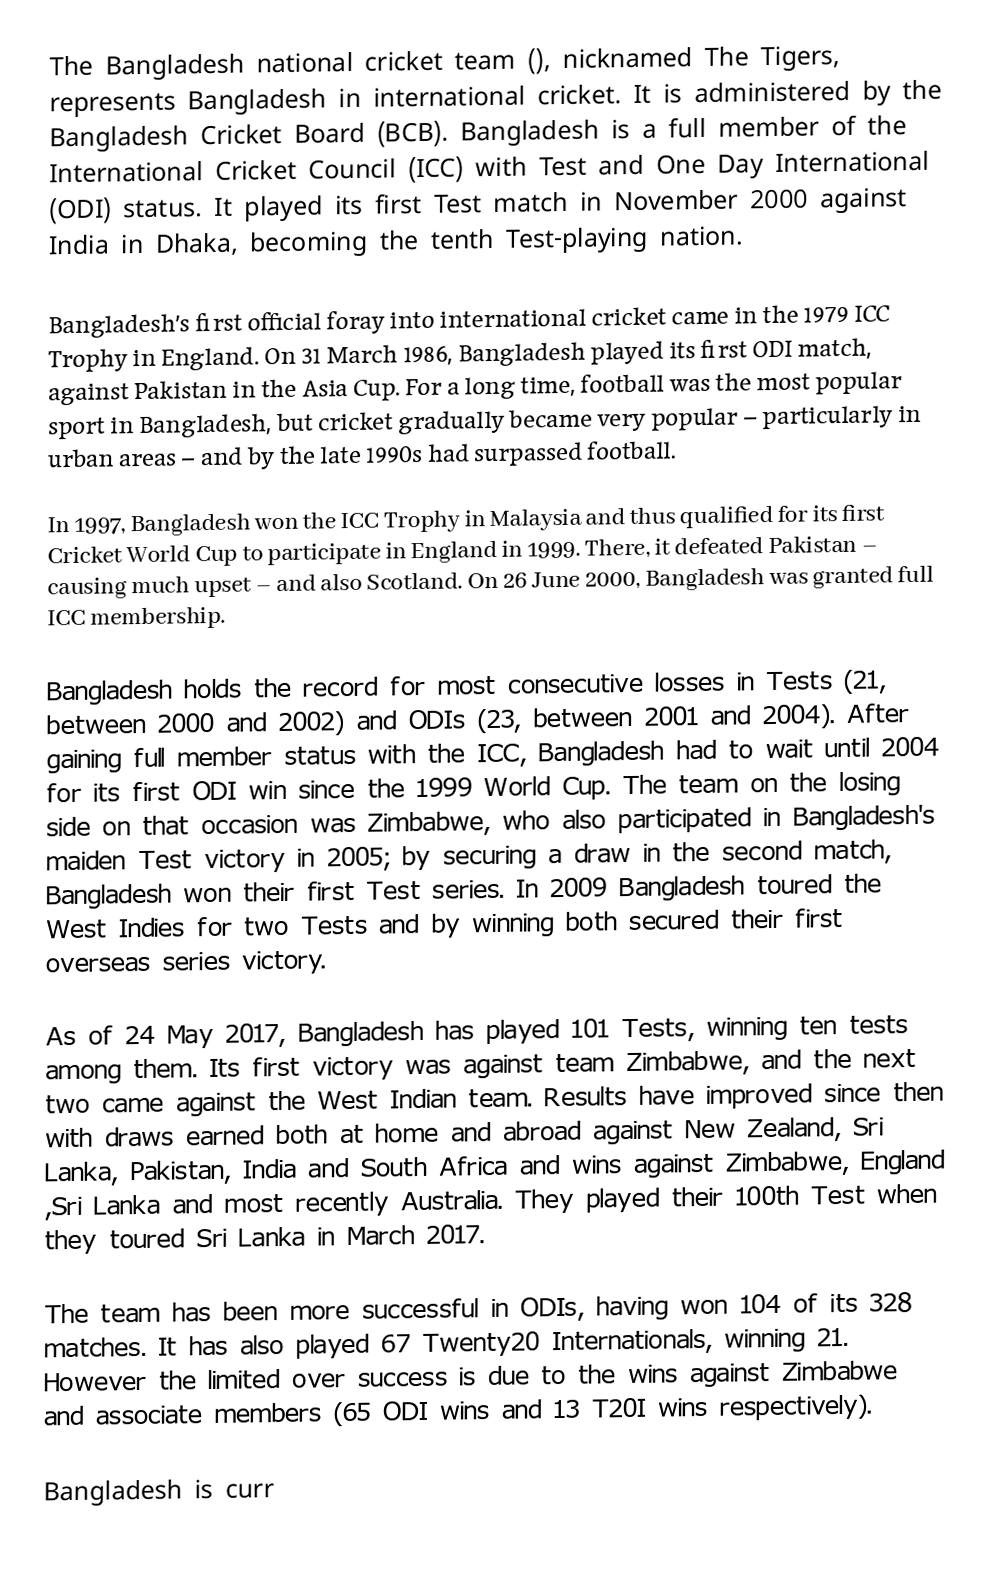
The Bangladesh national cricket team (), nicknamed The Tigers, represents Bangladesh in international cricket. It is administered by the Bangladesh Cricket Board (BCB). Bangladesh is a full member of the International Cricket Council (ICC) with Test and One Day International (ODI) status. It played its first Test match in November 2000 against India in Dhaka, becoming the tenth Test-playing nation.

Bangladesh's first official foray into international cricket came in the 1979 ICC Trophy in England. On 31 March 1986, Bangladesh played its first ODI match, against Pakistan in the Asia Cup. For a long time, football was the most popular sport in Bangladesh, but cricket gradually became very popular – particularly in urban areas – and by the late 1990s had surpassed football.

In 1997, Bangladesh won the ICC Trophy in Malaysia and thus qualified for its first Cricket World Cup to participate in England in 1999. There, it defeated Pakistan – causing much upset – and also Scotland. On 26 June 2000, Bangladesh was granted full ICC membership.

Bangladesh holds the record for most consecutive losses in Tests (21, between 2000 and 2002) and ODIs (23, between 2001 and 2004). After gaining full member status with the ICC, Bangladesh had to wait until 2004 for its first ODI win since the 1999 World Cup. The team on the losing side on that occasion was Zimbabwe, who also participated in Bangladesh's maiden Test victory in 2005; by securing a draw in the second match, Bangladesh won their first Test series. In 2009 Bangladesh toured the West Indies for two Tests and by winning both secured their first overseas series victory.

As of 24 May 2017, Bangladesh has played 101 Tests, winning ten tests among them. Its first victory was against team Zimbabwe, and the next two came against the West Indian team. Results have improved since then with draws earned both at home and abroad against New Zealand, Sri Lanka, Pakistan, India and South Africa and wins against Zimbabwe, England ,Sri Lanka and most recently Australia. They played their 100th Test when they toured Sri Lanka in March 2017.

The team has been more successful in ODIs, having won 104 of its 328 matches. It has also played 67 Twenty20 Internationals, winning 21. However the limited over success is due to the wins against Zimbabwe and associate members (65 ODI wins and 13 T20I wins respectively).

Bangladesh is curr